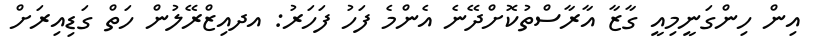
އިން ހިންގަނީމިއީ ގާޒާ އާރާސްތުކޮށްދޭނެ އެންމެ ފަހު ފަހަރު: އދއިޒްރޭލުން ހަތް ގަޑިއިރަށް